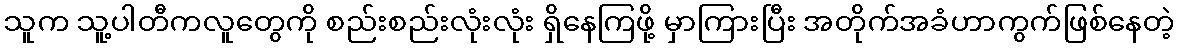
သူက သူ့ပါတီကလူတွေကို စည်းစည်းလုံးလုံး ရှိနေကြဖို့ မှာကြားပြီး အတိုက်အခံဟာကွက်ဖြစ်နေတဲ့